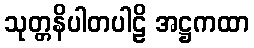
သုတ္တနိပါတပါဠိ အဋ္ဌကထာ